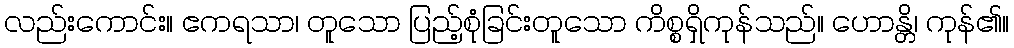
လည်းကောင်း။ ဧကရသာ၊ တူသော ပြည့်စုံခြင်းတူသော ကိစ္စရှိကုန်သည်။ ဟောန္တိ၊ ကုန်၏။